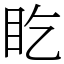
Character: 盵